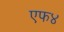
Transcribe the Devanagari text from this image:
एफ४